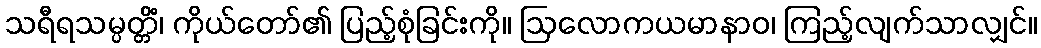
သရီရသမ္ပတ္တိံ၊ ကိုယ်တော်၏ ပြည့်စုံခြင်းကို။ ဩလောကယမာနာဝ၊ ကြည့်လျက်သာလျှင်။